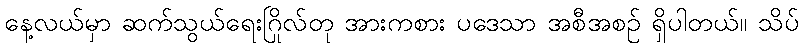
နေ့လယ်မှာ ဆက်သွယ်ရေးဂြိုလ်တု အားကစား ပဒေသာ အစီအစဉ် ရှိပါတယ်။ သိပ်